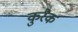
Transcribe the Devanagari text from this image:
कुरैक